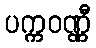
ပက္ကဝဏ္ဏီ